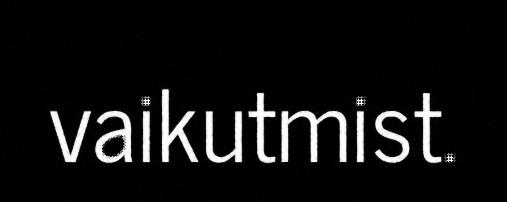
vaikutmist.